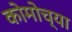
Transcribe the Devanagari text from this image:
कोमोच्या